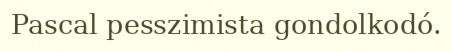
Pascal pesszimista gondolkodó.